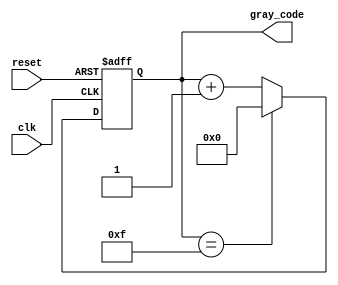
module gray_code_counter (
    input wire clk,
    input wire reset,
    output reg [N-1:0] gray_code
);
    
parameter N = 4; // Specify number of bits for Gray code counter
reg [N-1:0] gray_code_next;
    
always @(posedge clk or posedge reset)
begin
    if (reset)
        gray_code <= 0;
    else
        gray_code <= gray_code_next;
end

always @(*)
begin
    gray_code_next = gray_code + 1;
    
    if (gray_code == (2**N - 1))
        gray_code_next = 0;
end

endmodule